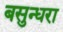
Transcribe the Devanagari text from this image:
बसुन्धरा